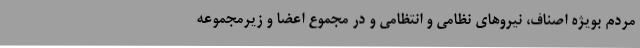
مردم بویژه اصناف، نیروهای نظامی و انتظامی و در مجموع اعضا و زیرمجموعه